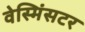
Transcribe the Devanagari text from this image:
वेस्मिंसटर